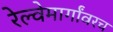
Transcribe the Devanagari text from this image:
रेल्वेमार्गांवरच